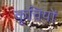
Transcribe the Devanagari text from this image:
कूचियों